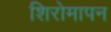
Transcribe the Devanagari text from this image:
शिरोमापन